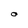
Character: O